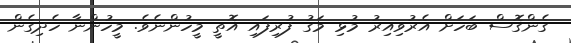
ގެންގޮސް ބަހަށް އެރުވިއިރު މުޅި މަގު ފުރިފައި އޮތީ މީހުންނެވެ. މީހުންނާ ހެދިގެން